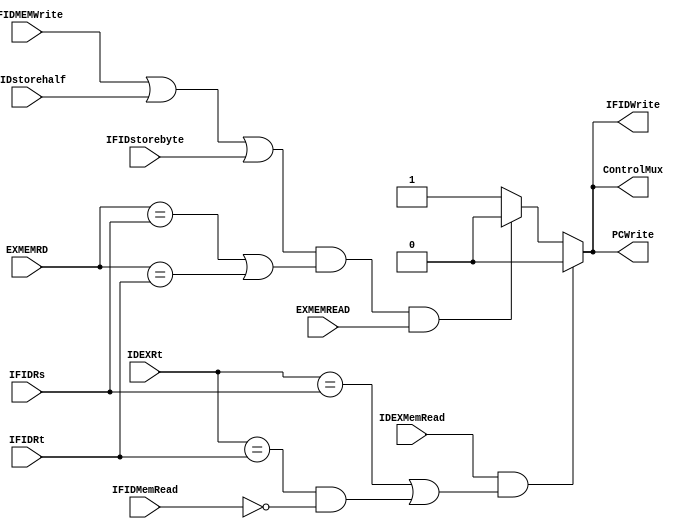
`timescale 1ns / 1ps
//////////////////////////////////////////////////////////////////////////////////
// Company: 
// Engineer: 
// 
// Design Name: 
// Module Name: HazardDetection
// Project Name: 
// Target Devices: 
// Tool Versions: 
// Description: 
// 
// Dependencies: 
// 
// Revision:
// Revision 0.01 - File Created
// Additional Comments:
// 
//////////////////////////////////////////////////////////////////////////////////


module HazardDetection(IFIDRs,IFIDRt,IDEXRt,IFIDMemRead,IDEXMemRead,ControlMux,PCWrite,IFIDWrite,EXMEMRD,IFIDMEMWrite,IFIDstorehalf,IFIDstorebyte,EXMEMREAD);
 input [4:0]IFIDRs,IFIDRt,IDEXRt,EXMEMRD;
    input IDEXMemRead,IFIDMEMWrite,IFIDstorehalf,IFIDstorebyte,EXMEMREAD,IFIDMemRead;
    output reg ControlMux,PCWrite,IFIDWrite;
    always@(IDEXMemRead,IFIDRs,IFIDRt,IDEXRt,EXMEMRD,IFIDMEMWrite,IFIDstorehalf,IFIDstorebyte,EXMEMREAD,IFIDMemRead)begin
    if((IDEXMemRead==1)&&((IDEXRt==IFIDRs)||((IDEXRt==IFIDRt)&&IFIDMemRead==0)))begin/////////the same rt will stall
          PCWrite <=0;
          ControlMux<=0;
          IFIDWrite<=0;
          
      end
   else if((IFIDMEMWrite==1||IFIDstorehalf==1||IFIDstorebyte==1)&&((EXMEMRD==IFIDRs)||(EXMEMRD==IFIDRt))&&EXMEMREAD==1)begin
                PCWrite <=0;
                ControlMux<=0;
                IFIDWrite<=0;
                
            end
            
      else begin
            PCWrite <=1;
            ControlMux<=1;
            IFIDWrite<=1;
      end
      end    
         
         
endmodule